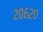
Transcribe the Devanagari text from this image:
२०६२०